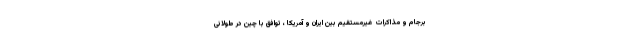
برجام و مذاکرات غیرمستقیم بین ایران و آمریکا ، توافق با چین در طولانی